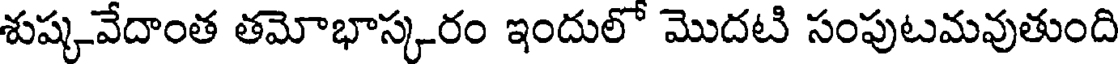
శుష్కవేదాంత తమోభాస్కరం ఇందులో మొదటి సంపుటమవుతుంది